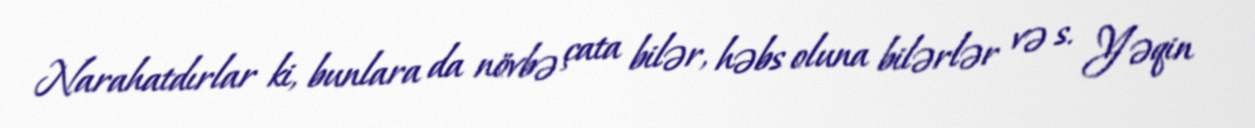
Narahatdırlar ki, bunlara da növbə çata bilər, həbs oluna bilərlər və s. Yəqin